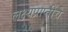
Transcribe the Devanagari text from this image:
लक्ष्यप्राप्तींचे